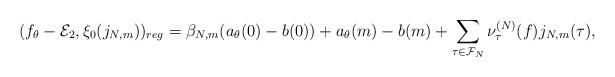
LaTeX: \begin{align*} (f_{\theta}-\mathcal{E}_2, \xi_0(j_{N,m}))_{reg} = \beta_{N,m}(a_{\theta}(0)-b(0))+a_\theta(m)-b(m)+\sum_{\tau\in \mathcal{F}_N} \nu_\tau^{(N)}(f)j_{N,m}(\tau),\end{align*}